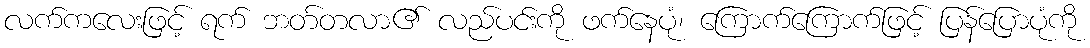
လက်ကလေးဖြင့် ရက် ဘတ်တလာ၏ လည်ပင်းကို ဖက်နေပုံ၊ ကြောက်ကြောက်ဖြင့် ပြန်ပြောပုံကို